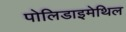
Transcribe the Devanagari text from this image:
पोलिडाइमेथिल